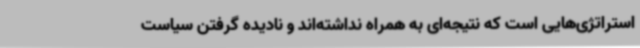
استراتژی‌هایی است که نتیجه‌ای به همراه نداشته‌اند و نادیده گرفتن سیاست